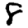
Digit: 8